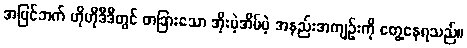
အပြင်ဘက် ဟိုဟိုဒီဒီတွင် တခြားသော အိုးမဲ့အိမ်မဲ့ အနည်းအကျဉ်းကို တွေ့နေရသည်။